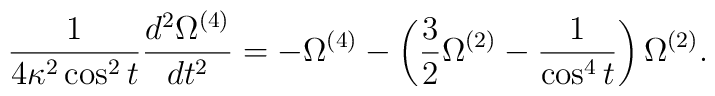
\frac{1}{4\kappa^{2}\cos^{2}{t}}\frac{d^2\Omega^{(4)}}{dt^2}=-\Omega^{(4)}- \left(\frac{3}{2}\Omega^{(2)}-\frac{1}{\cos^{4}{t}}\right)\Omega^{(2)} .